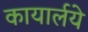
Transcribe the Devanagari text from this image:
कायार्लये